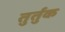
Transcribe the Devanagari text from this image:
तुर्तुक